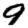
Digit: 9